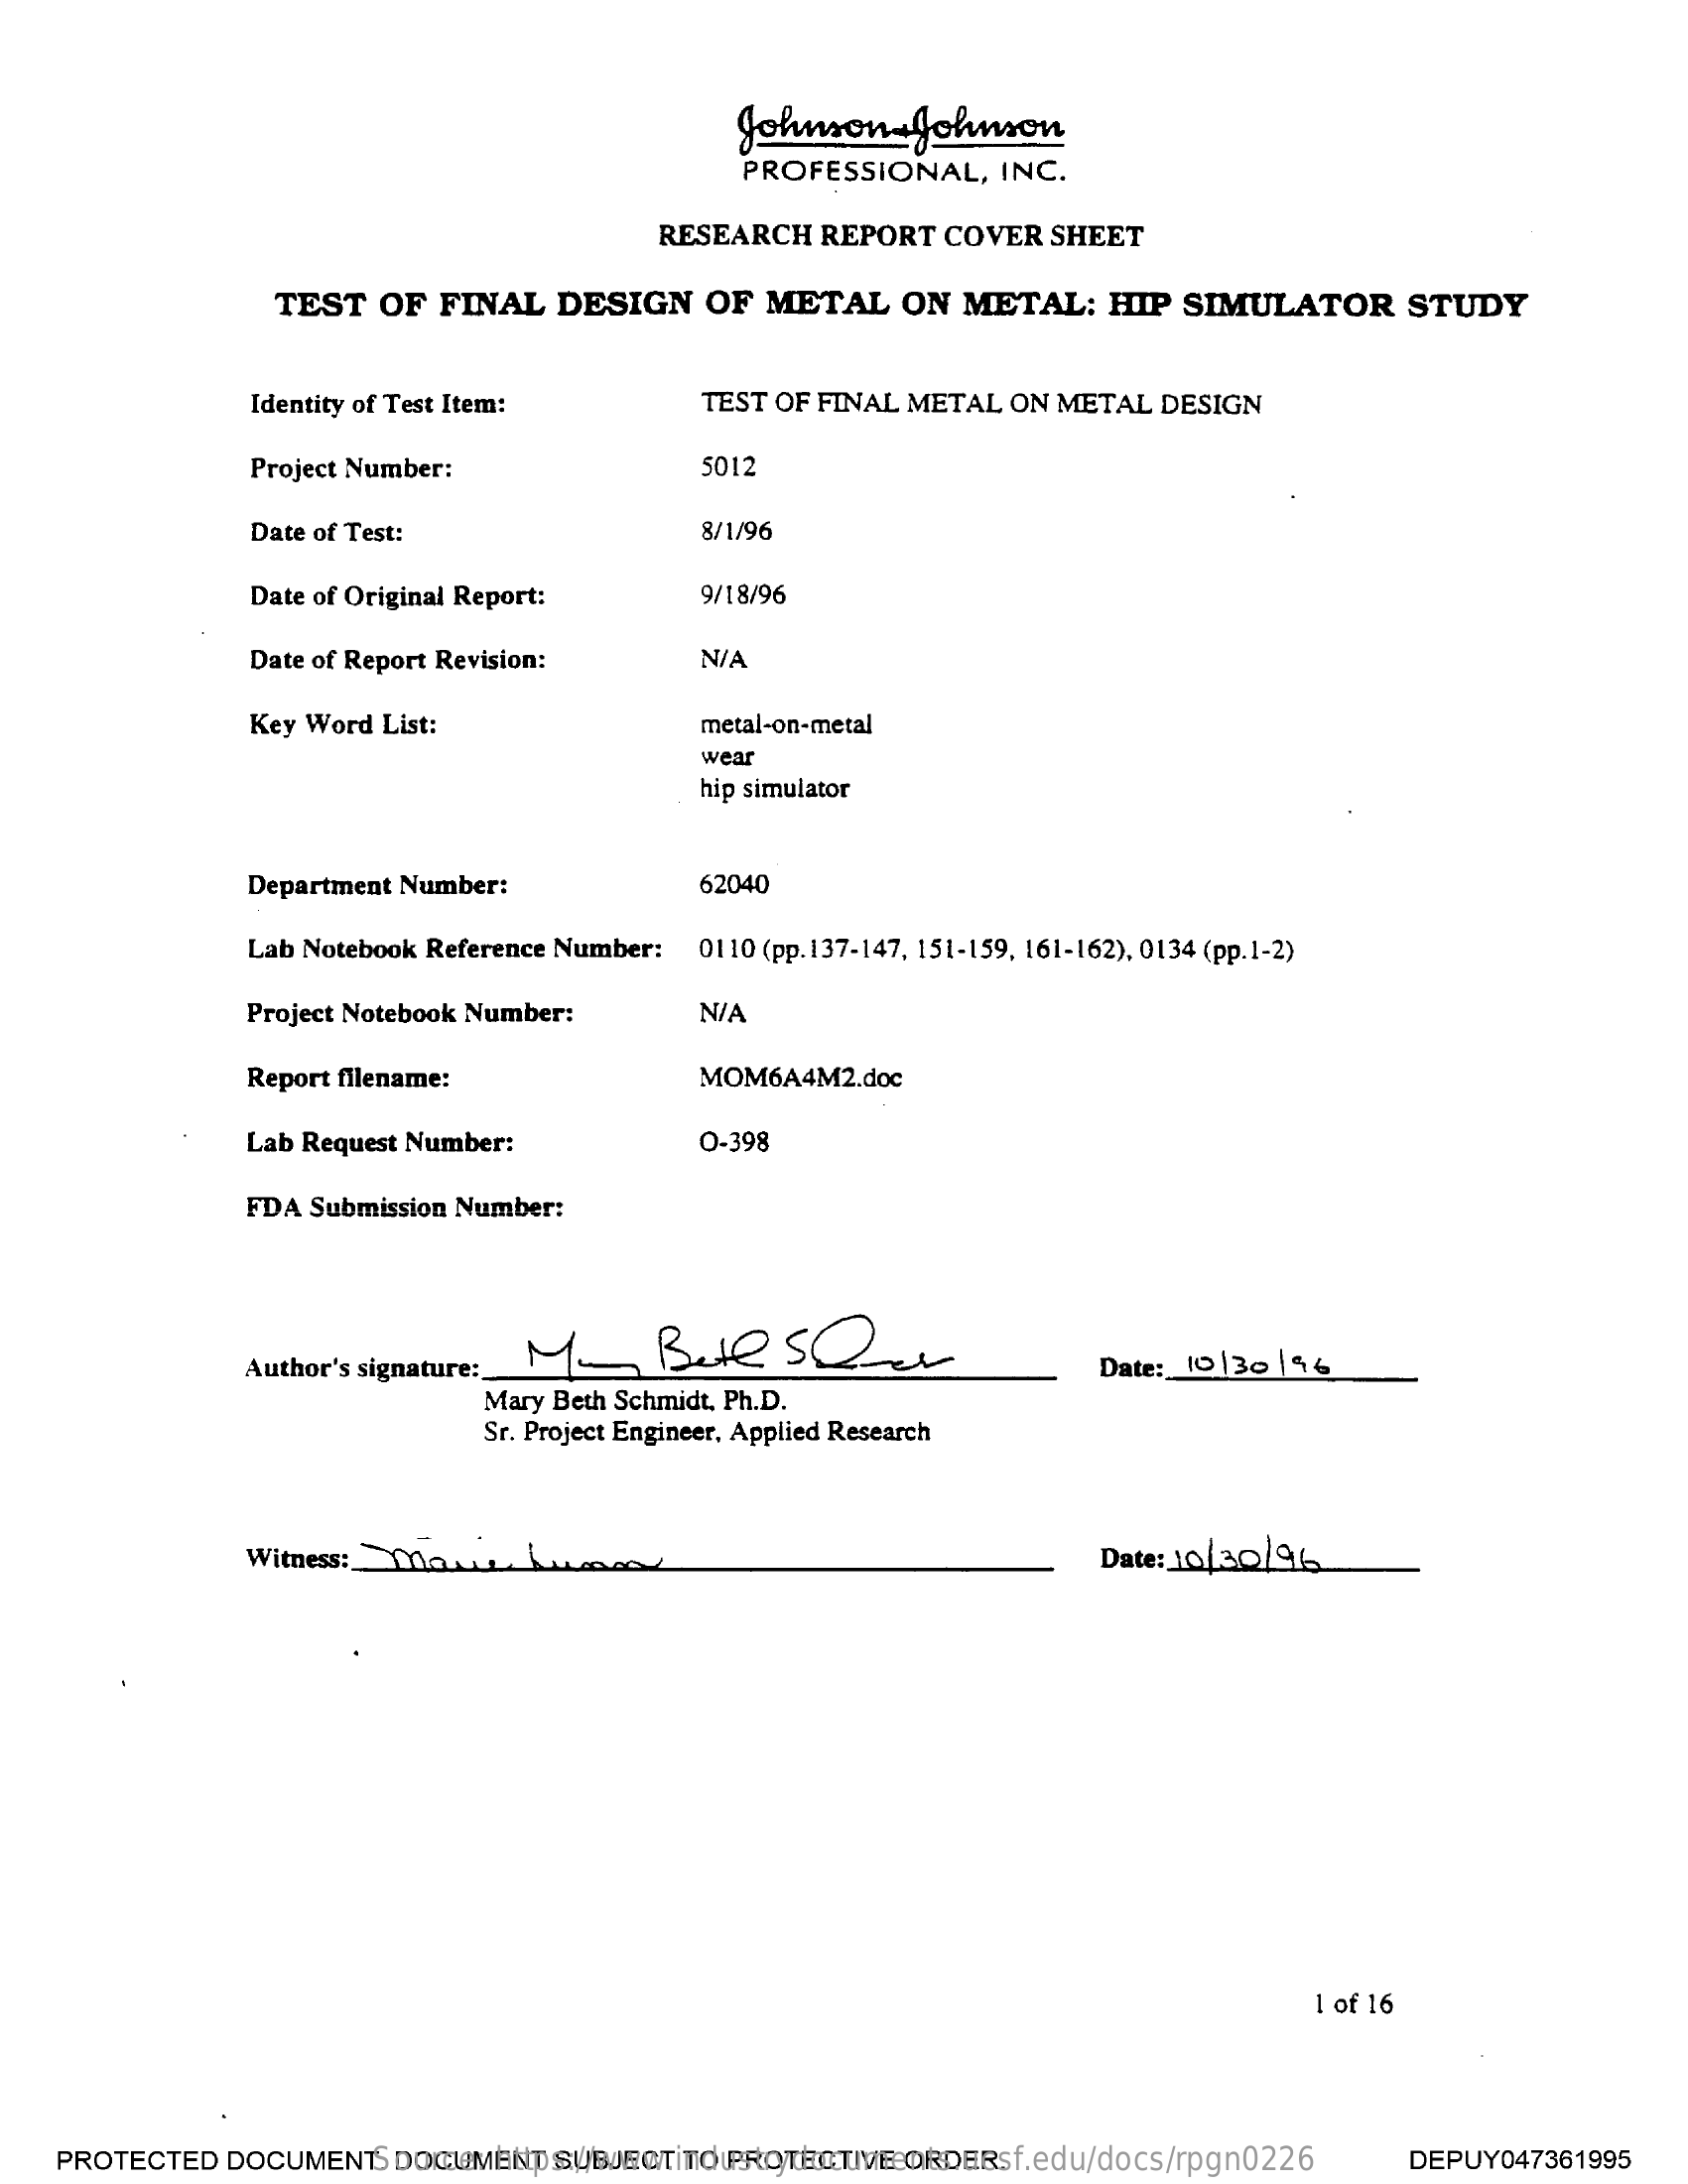
Johnson-Johnson
     PROFESSIONAL,    INC.
     RESEARCH    REPORT    COVER   SHEET
     TEST    OF  FINAL    DESIGN    OF   METAL    ON  METAL:    HIP   SIMULATOR    STUDY
     Identity of Test Item:    TEST  OF FINAL  METAL   ON  METAL   DESIGN
     Project Number:    5012
     Date of Test:    8/1/96
     Date of Original Report:    9/18/96
     Date of Report Revision:    N/A
     Key Word  List:    metal-on-metal
     wear
     hip simulator
     Department Number:    62040
     Lab Notebook Reference Number:    0110 (pp. 137-147, 151-159, 161-162), 0134 (pp.1-2)
     Project Notebook Number:    N/A
     Report filename:    MOM6A4M2.doc
     Lab Request Number:    0-398
     FDA Submission  Number:
     Bute    SQ.
     Author's signature:
     Mary Beth Schmidt, Ph.D.
     Date:  10 |30 156
     Sr. Project Engineer, Applied Research
     Witness:    oraz    Date: 10/30/96
     1 of 16
    PROTECTED    DOCUMENT.    DOCUMENT    SUBJECT    TO PROTECTIVE    ORDER. Source: https://www.industrydocuments.ucsf.edu/docs/rpgn0226 DEPUY047361995